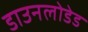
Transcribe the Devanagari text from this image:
डाउनलोडेड